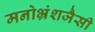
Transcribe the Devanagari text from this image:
मनोभ्रंशजैसी